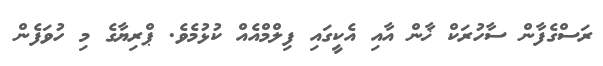
ރަސްގެފާން ސާހުރަކް ޚާން އާއި އެކީގައި ފިލްމްއެއް ކުޅުމެވެ. ޕްރިޔާގެ މި ހުވަފެން